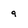
Character: 9